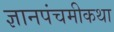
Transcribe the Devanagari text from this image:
ज्ञानपंचमीकथा